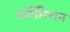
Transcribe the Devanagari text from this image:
काॅर्पोरेशन